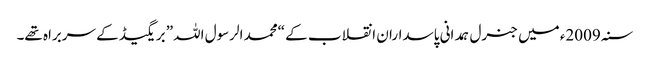
سنہ 2009ء میں جنرل ہمدانی پاسداران انقلاب کے “محمد الرسول اللہ” بریگیڈ کے سربراہ تھے۔